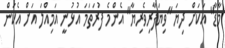
މާޑާ" އަކަށް ދިޔަ "ވިޔަފާރިވެރިޔާ" އެންމެ ފުރަތަމަ އުޅުނީ އަމިއްލަ އަށް އެކަން